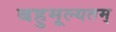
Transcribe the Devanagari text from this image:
बहुमूल्यतम्